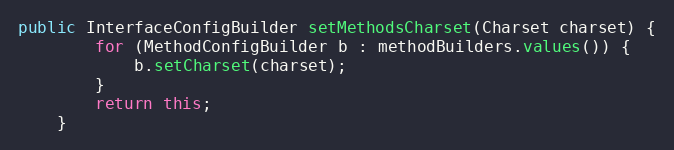
Language: Java
public InterfaceConfigBuilder setMethodsCharset(Charset charset) {
        for (MethodConfigBuilder b : methodBuilders.values()) {
            b.setCharset(charset);
        }
        return this;
    }